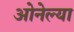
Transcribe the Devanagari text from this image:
ओनेल्या